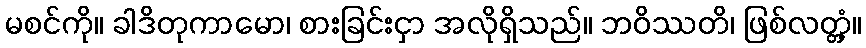
မစင်ကို။ ခါဒိတုကာမော၊ စားခြင်းငှာ အလိုရှိသည်။ ဘဝိဿတိ၊ ဖြစ်လတ္တံ့။